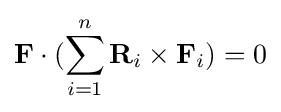
\mathbf {F} \cdot (\sum _{i=1}^{n}\mathbf {R} _{i}\times \mathbf {F} _{i})=0